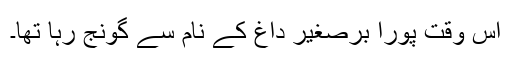
اس وقت پورا برصغیر داغ کے نام سے گونج رہا تھا۔